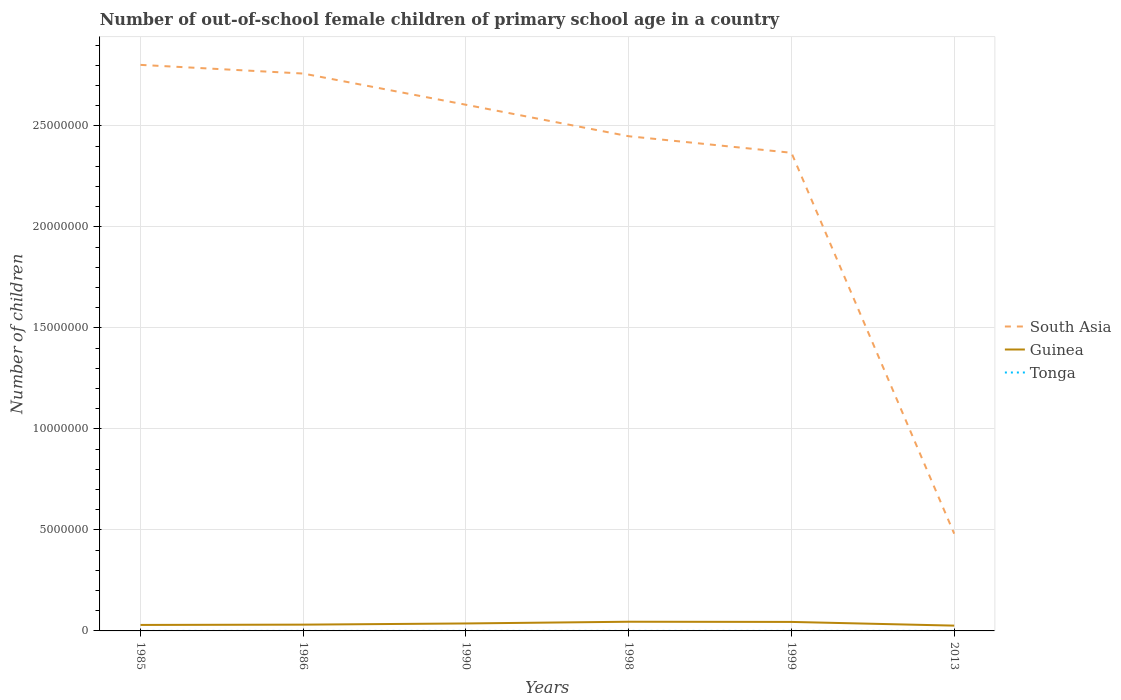
| Years | South Asia | Guinea | Tonga |
 | --- | --- | --- | --- |
 | 1985 | 2.8e+07 | 2.96e+05 | 130 |
 | 1986 | 2.76e+07 | 3.11e+05 | 243 |
 | 1990 | 2.6e+07 | 3.69e+05 | 506 |
 | 1998 | 2.45e+07 | 4.55e+05 | 445 |
 | 1999 | 2.37e+07 | 4.45e+05 | 808 |
 | 2013 | 4.81e+06 | 2.62e+05 | 1.09e+03 |